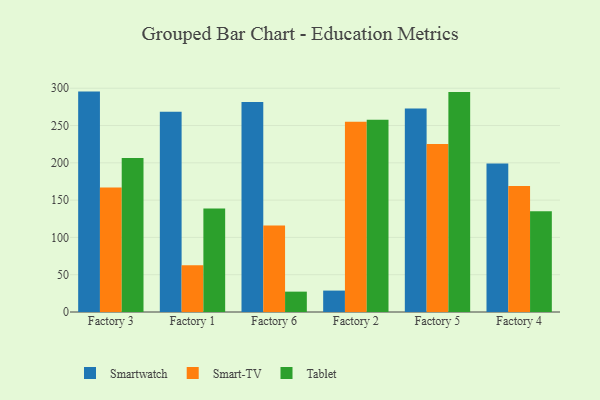
{"axis": {"x": "Factory", "y": "Tickets Resolved"}, "legend": ["Smart-TV", "Smartwatch", "Tablet"], "data": [{"x": "Factory 3", "y": 295.5, "type": "Smartwatch"}, {"x": "Factory 3", "y": 167.0, "type": "Smart-TV"}, {"x": "Factory 3", "y": 206.5, "type": "Tablet"}, {"x": "Factory 1", "y": 268.4, "type": "Smartwatch"}, {"x": "Factory 1", "y": 62.8, "type": "Smart-TV"}, {"x": "Factory 1", "y": 138.7, "type": "Tablet"}, {"x": "Factory 6", "y": 281.7, "type": "Smartwatch"}, {"x": "Factory 6", "y": 115.9, "type": "Smart-TV"}, {"x": "Factory 6", "y": 27.3, "type": "Tablet"}, {"x": "Factory 2", "y": 28.7, "type": "Smartwatch"}, {"x": "Factory 2", "y": 255.2, "type": "Smart-TV"}, {"x": "Factory 2", "y": 257.7, "type": "Tablet"}, {"x": "Factory 5", "y": 272.9, "type": "Smartwatch"}, {"x": "Factory 5", "y": 225.2, "type": "Smart-TV"}, {"x": "Factory 5", "y": 294.9, "type": "Tablet"}, {"x": "Factory 4", "y": 199.0, "type": "Smartwatch"}, {"x": "Factory 4", "y": 168.9, "type": "Smart-TV"}, {"x": "Factory 4", "y": 135.2, "type": "Tablet"}]}